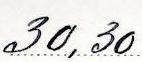
30,30